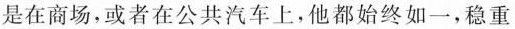
是在商场，或者在公共汽车上，他都始终如一，稳重